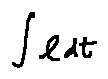
\int l d t